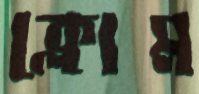
ক্লোম